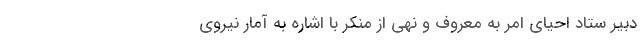
دبیر ستاد احیای امر به معروف و نهی از منکر با اشاره به آمار نیروی